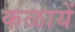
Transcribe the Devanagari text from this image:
कळायें